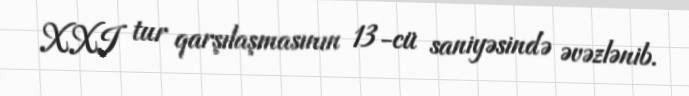
XXI tur qarşılaşmasının 13-cü saniyəsində əvəzlənib.